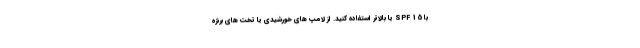
با SPF 15 یا بالاتر استفاده کنید. از لامپ های خورشیدی یا تخت های برنزه